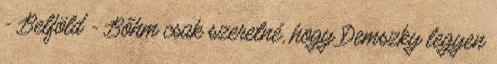
- Belföld - Bőhm csak szeretné, hogy Demszky legyen